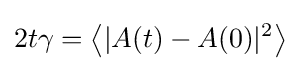
2t\gamma =\left\langle |A(t)-A(0)|^{2}\right\rangle